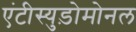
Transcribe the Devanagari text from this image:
एंटीस्युड़ोमोनल